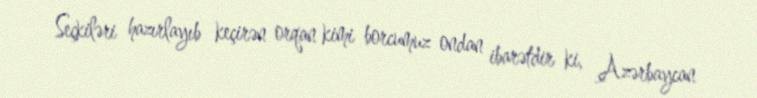
Seçkiləri hazırlayıb keçirən orqan kimi borcumuz ondan ibarətdir ki, Azərbaycan